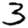
Digit: 3